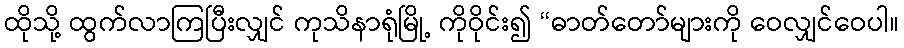
ထိုသို့ ထွက်လာကြပြီးလျှင် ကုသိနာရုံမြို့ ကိုဝိုင်း၍ “ဓာတ်တော်များကို ဝေလျှင်ဝေပါ။